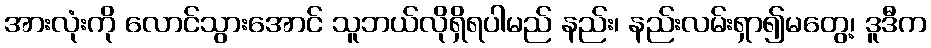
အားလုံးကို လောင်သွားအောင် သူဘယ်လိုရှိရပါမည် နည်း၊ နည်းလမ်းရှာ၍မတွေ့၊ ဒူဒီက